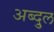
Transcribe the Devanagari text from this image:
अब्दु्ल